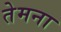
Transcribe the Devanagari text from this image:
तेमना